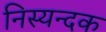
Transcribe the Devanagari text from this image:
निस्यन्दक